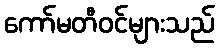
ကော်မတီဝင်များသည်